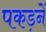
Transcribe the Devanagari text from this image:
पकड़नें